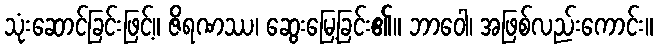
သုံးဆောင်ခြင်းဖြင့်။ ဇိရဏဿ၊ ဆွေးမြေ့ခြင်း၏။ ဘာဝေါ၊ အဖြစ်လည်းကောင်း။